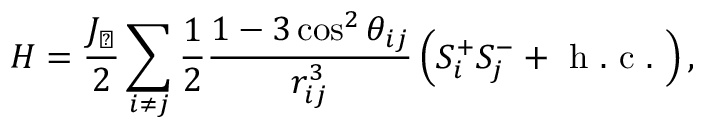
H = \frac { J _ { \perp } } { 2 } \sum _ { i \neq j } ^ { } \frac { 1 } { 2 } \frac { 1 - 3 \cos ^ { 2 } \theta _ { i j } } { r _ { i j } ^ { 3 } } \left( S _ { i } ^ { + } S _ { j } ^ { - } + \mathrm { ~ h ~ . ~ c ~ . ~ } \right) ,